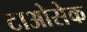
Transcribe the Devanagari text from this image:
टाओसेक